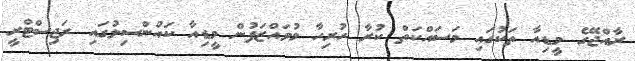
ރާއްޖޭގެ މީޑިއާ ތަކުގައި މަސައްކަތް ކުރާ ހުރިހާ މުވައްޒަފުން މީޑިއާ ކައުންސިލުގައި ރަޖިސްޓްރީ